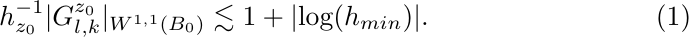
\begin{align} \label{pp}
h^{-1}_{z_0}|G^{z_0}_{l,k}|_{W^{1,1}(B_0)} \lesssim {1+|\text{log}(h_{min})|}.
\end{align}